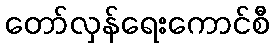
တော်လှန်ရေးကောင်စီ